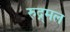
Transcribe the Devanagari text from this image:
रुद्र्मल